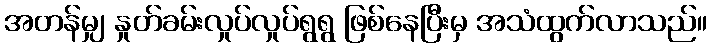
အတန်မျှ နှုတ်ခမ်းလှုပ်လှုပ်ရွရွ ဖြစ်နေပြီးမှ အသံထွက်လာသည်။